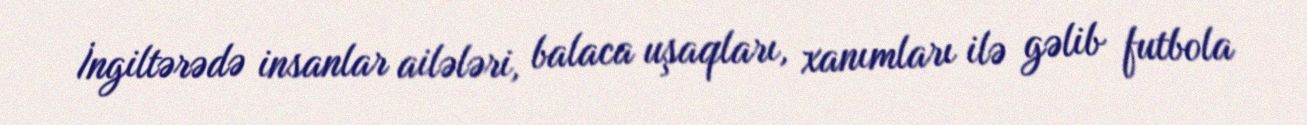
İngiltərədə insanlar ailələri, balaca uşaqları, xanımları ilə gəlib futbola